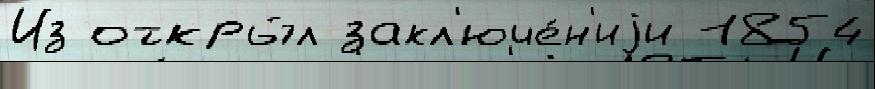
Из откры́л закл'юче́н'иjи 1854